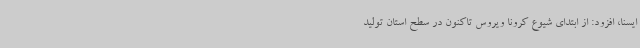
ایسنا، افزود: از ابتدای شیوع کرونا ویروس تاکنون در سطح استان تولید